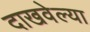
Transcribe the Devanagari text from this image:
दाखवेल्या